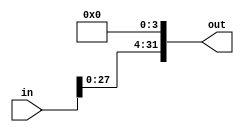
module lls4(out, in);
	input [31:0] in;
	
	output [31:0] out;
	
	genvar i;
	generate
		for(i = 4; i < 32; i=i+1) begin: loop1
			assign out[i] = in[i-4];
		end
	endgenerate
	generate
		for(i = 0; i < 4; i=i+1) begin: loop2
			assign out[i] = 1'b0;
		end
	endgenerate
	
endmodule